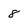
Character: 8